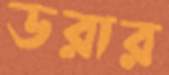
ডরার